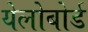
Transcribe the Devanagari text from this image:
येलोबोर्ड